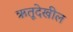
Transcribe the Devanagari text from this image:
ऋतूदेखील